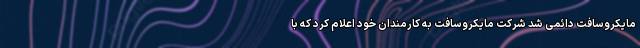
مایکروسافت دائمی شد شرکت مایکروسافت به کارمندان خود اعلام کرد که با